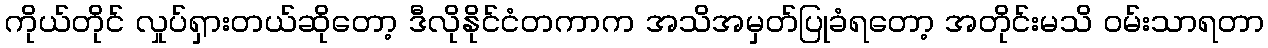
ကိုယ်တိုင် လှုပ်ရှားတယ်ဆိုတော့ ဒီလိုနိုင်ငံတကာက အသိအမှတ်ပြုခံရတော့ အတိုင်းမသိ ဝမ်းသာရတာ